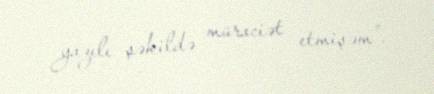
yazılı şəkildə müraciət etmişəm”.